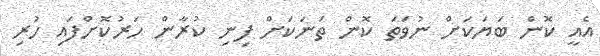
އެއީ ކޮން ބަޔަކަށް ނުވަތަ ކޮން ތަނަކަށް ފިނި ކުރާން ހަރުކޮށްފައި ހުރި